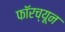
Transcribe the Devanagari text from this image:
फॉरच्यून